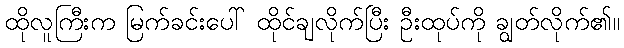
ထိုလူကြီးက မြက်ခင်းပေါ် ထိုင်ချလိုက်ပြီး ဦးထုပ်ကို ချွတ်လိုက်၏။